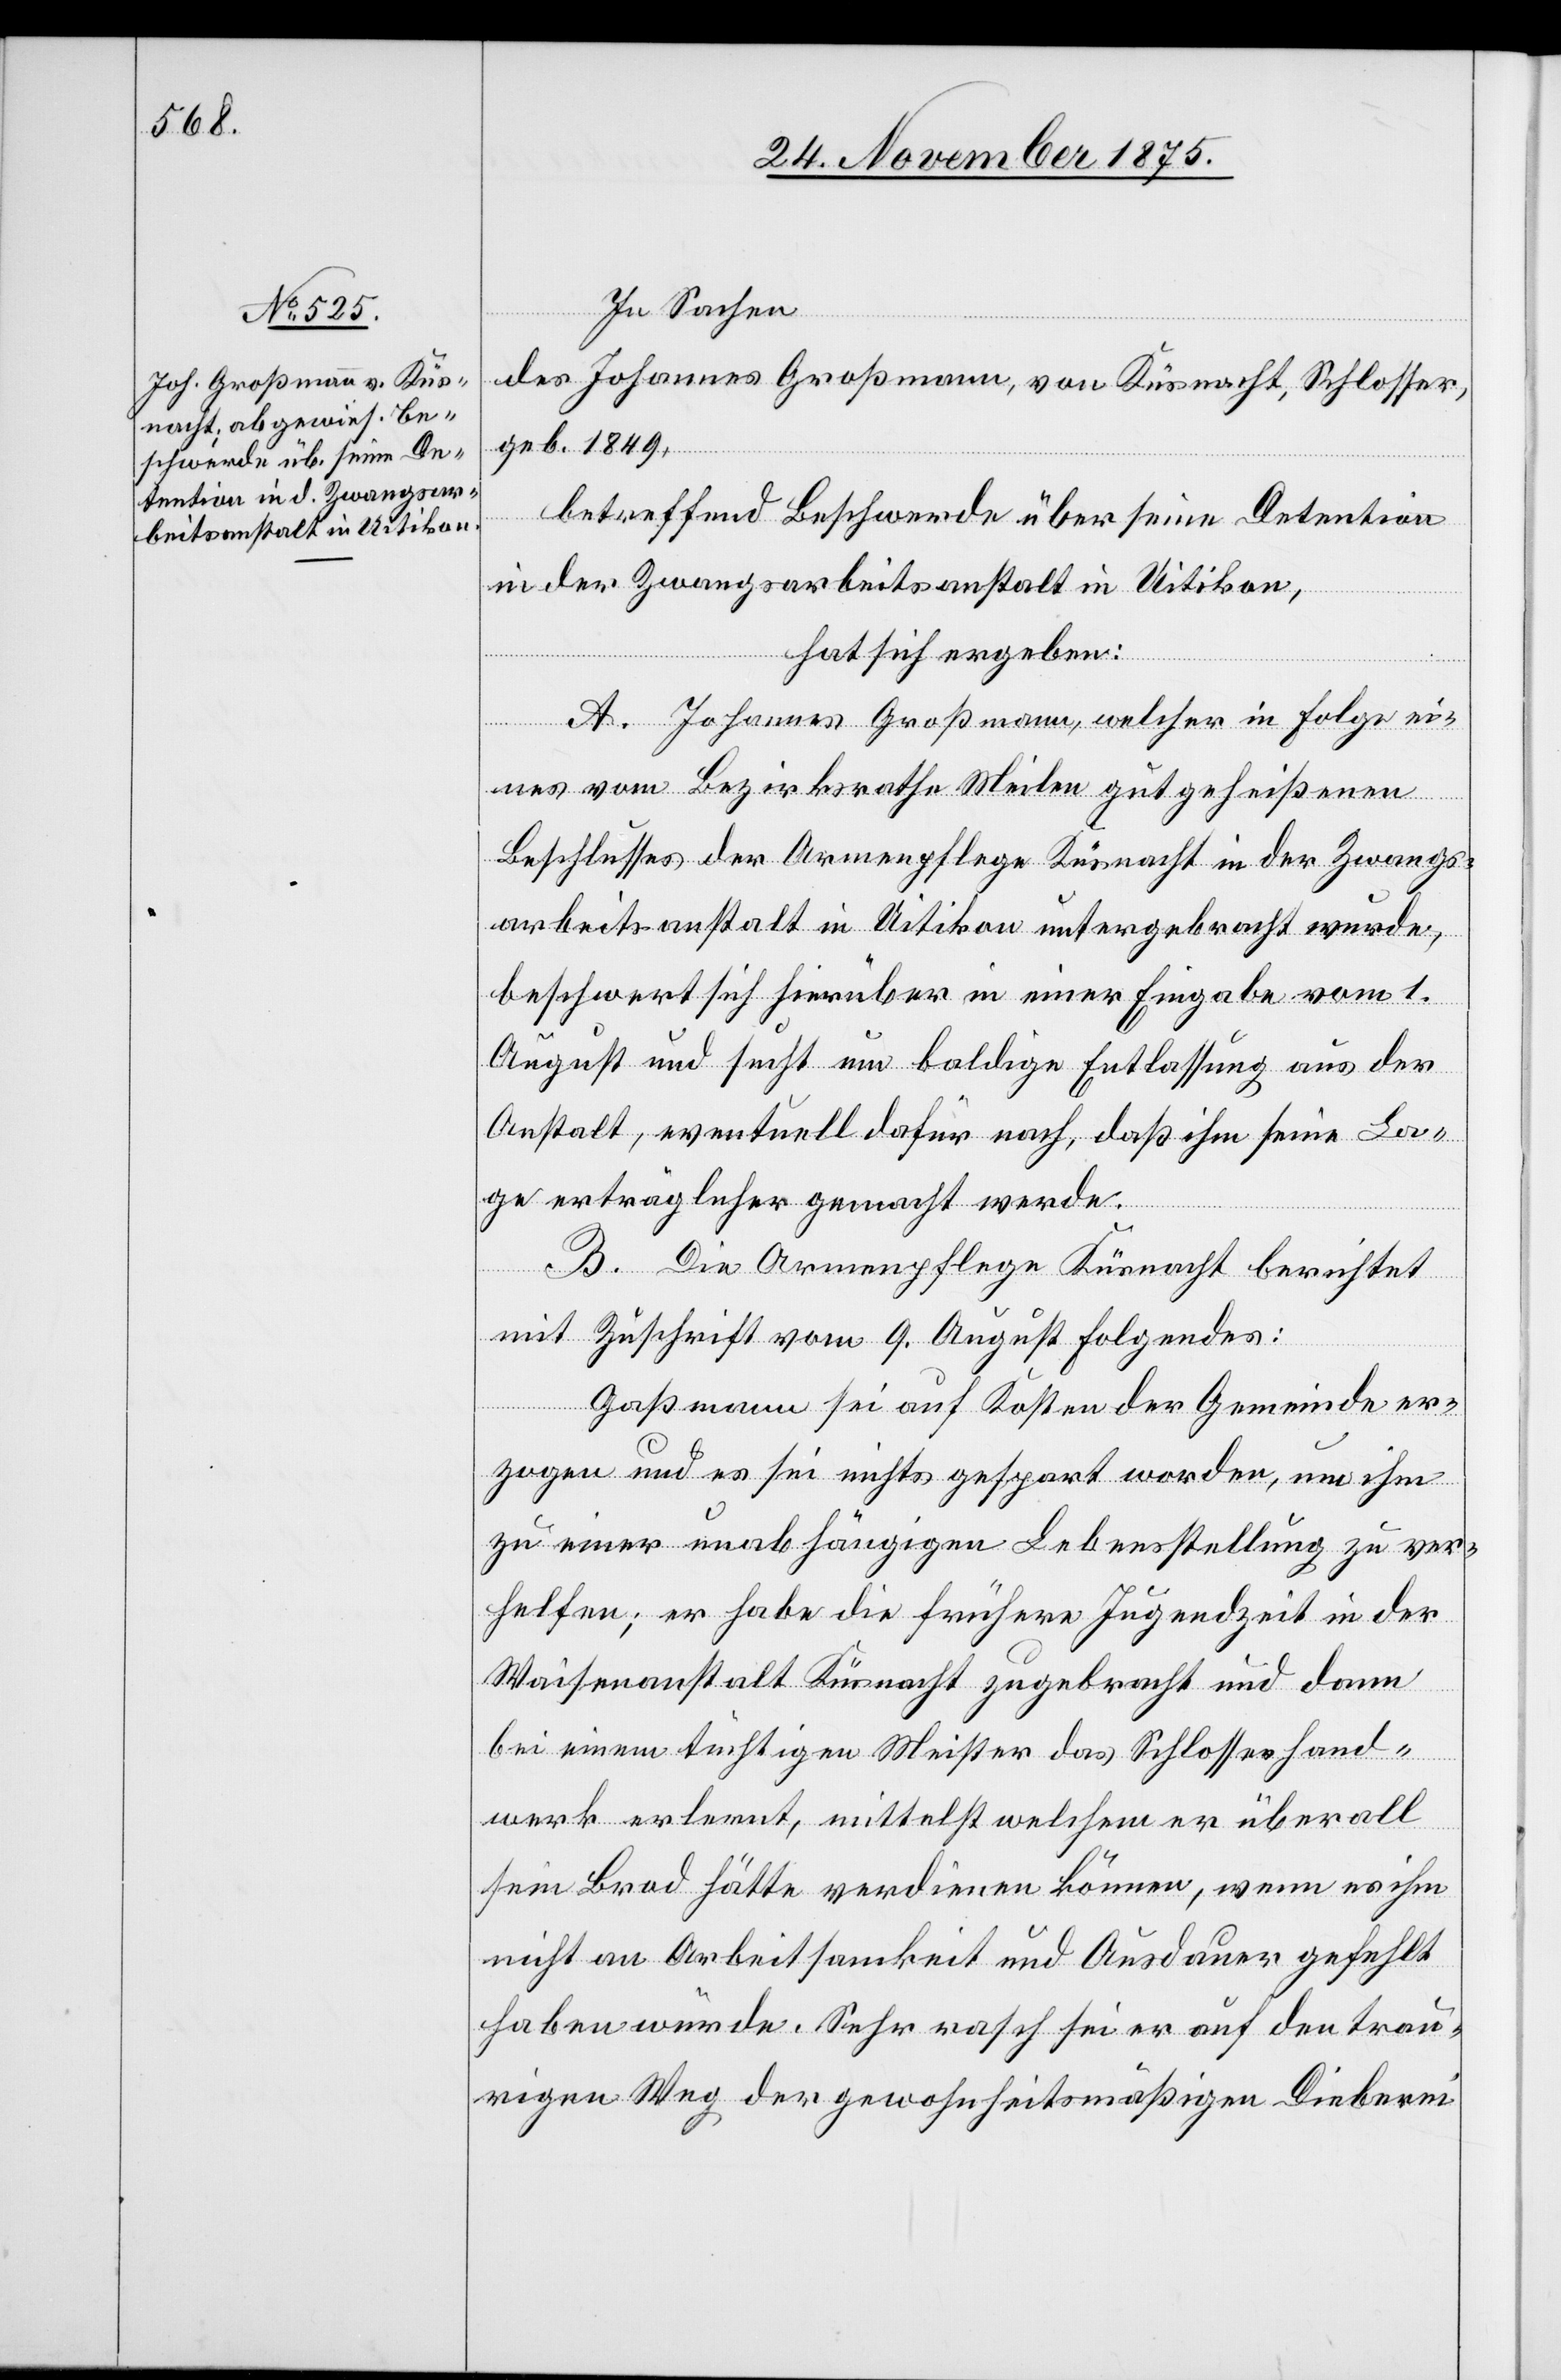
In Sachen
des Johannes Großmann, von Küsnacht, Schlosser,
geb. 1849,
betreffend Beschwerde über seine Detention
in der Zwangsarbeitsanstalt in Uitikon,
hat sich ergeben:
A. Johannes Großmann, welcher in Folge ei¬
nes vom Bezirksrathe Meilen gutgeheißenen
Beschlusses der Armenpflege Küsnacht in der Zwangs¬
arbeitsanstalt in Uitikon untergebracht wurde,
beschwert sich hierüber in einer Eingabe vom 1.
August und sucht um baldige Entlassung aus der
Anstalt, eventuell dafür nach, daß ihm seine La¬
ge erträglicher gemacht werde.
B. Die Armenpflege Küsnacht berichtet
mit Zuschrift vom 9. August Folgendes:
[sic!] sei auf Kosten der Gemeinde er¬
zogen und es sei nichts gespart worden, um ihm
zu einer unabhängigen Lebensstellung zu ver¬
helfen; er habe die frühere Jugendzeit in der
Waisenanstalt Küsnacht zugebracht und dann
bei einem tüchtigen Meister das Schlosserhand¬
werk erlernt ,mittelst welchem er überall
sein Brod hätte verdienen können, wenn es ihm
nicht an Arbeitsamkeit und Ausdauer gefehlt
haben würde. Sehr rasch sei er auf den trau¬
rigen Weg der gewohnheitsmäßigen Dieberei